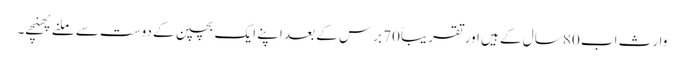
وارث اب 80 سال کے ہیں اور تقریباً 70 برس کے بعد اپنے ایک بچپن کے دوست سے ملنے پھنچے۔